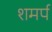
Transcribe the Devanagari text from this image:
शमर्प